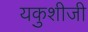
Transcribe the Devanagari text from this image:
यकुशीजी